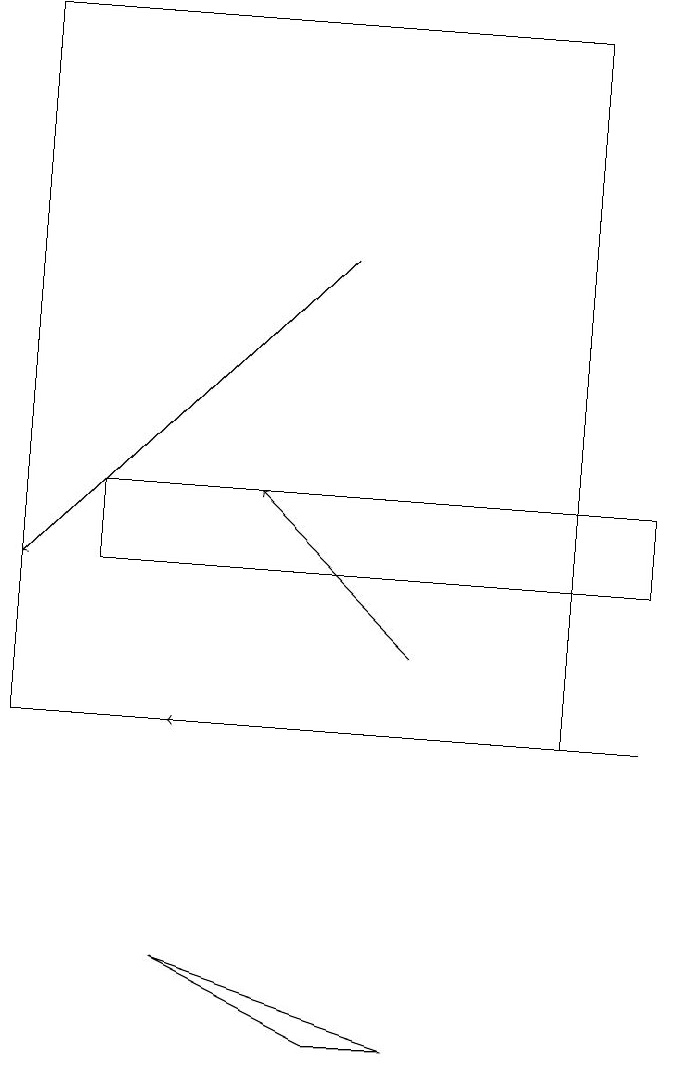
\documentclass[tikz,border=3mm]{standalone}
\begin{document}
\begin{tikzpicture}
\draw (7,19) rectangle (0,10);
\draw (8,13) rectangle (1,12);
\draw[->] (5,11) -- (3,13);
\draw[->] (8,10) -- (2,10);
\draw[->] (4,16) -- (0,12);
\draw (5,6) -- (2,7) -- (4,6) -- cycle;
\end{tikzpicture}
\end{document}